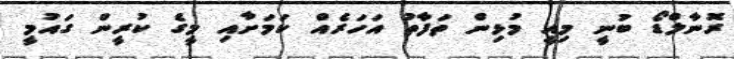
ރޮނާލްޑޯ ބުނީ މިއީ މުޅިން ތަފާތު އަހަރެއް ކަމަށާއި މީގެ ކުރީން ގައުމީ